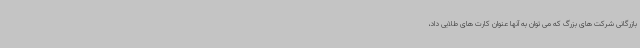
بازرگانی شرکت های بزرگ که می توان به آنها عنوان کارت های طلایی داد،